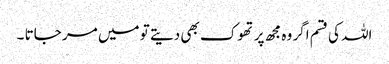
اللہ کی قسم اگر وہ مجھ پر تھوک بھی دیتے تو میں مر جاتا ۔